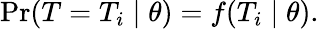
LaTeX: \operatorname*{Pr}(T=T_{i}\mid\theta)=f(T_{i}\mid\theta).